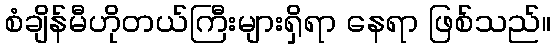
စံချိန်မီဟိုတယ်ကြီးများရှိရာ နေရာ ဖြစ်သည်။